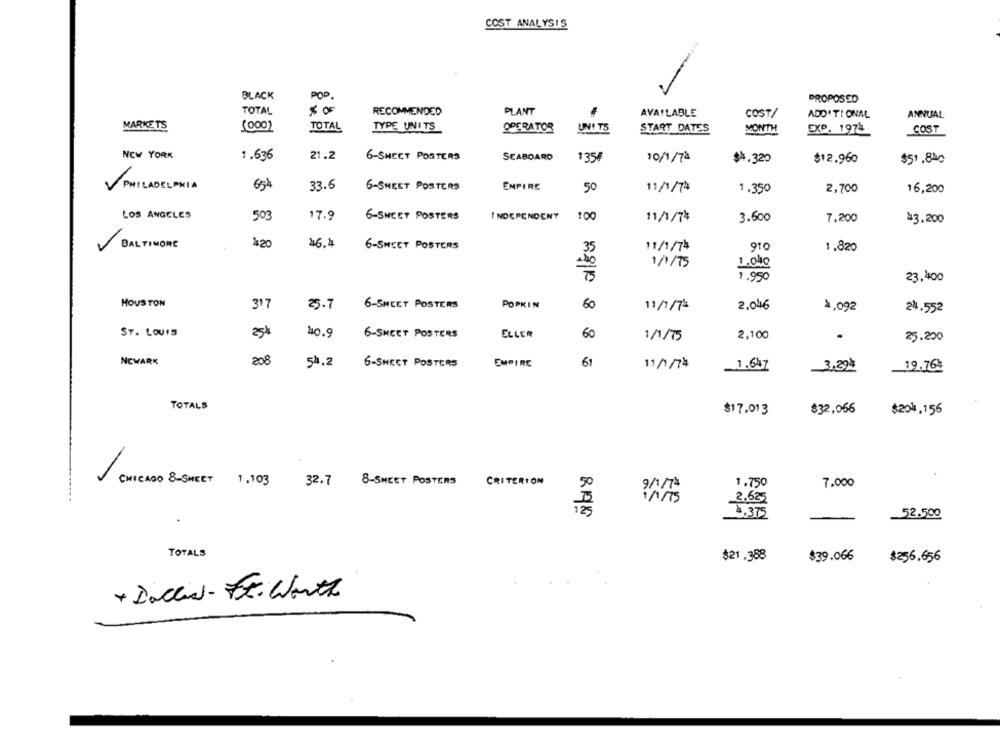
COST ANALYSIS
BLACK
POP.
PROPOSED
TOTAL
$ 00
RECOMMENDED
PLANT
AVAILABLE
COST/
ADDITIONAL
ANNUAL
MARKETS
(000)
TOTAL
TYPE UNITS
OPERATOR
UNI TS
START DATES
MONTH
EXP. 1972
COST
NEW YORK
1.636
21.2
6- SHEET POSTERS
SEABOARD
1354
10/1/74
$4.320
$12.960
$51 .840
PHILADELPHIA
654
33.6
6-SHEET POSTERS
EMPIRE
50
11/1/74
1.350
2,700
16,200
LOS ANGELES
503
17.9
6-SHEET POSTERS
INDEPENDENT
100
11/1/7*
3.600
7.200
$3,200
BALTIMORE
$20
46.4
6-SHEET POSTERS
11/1/74
910
1.820
35
1/1/75
1.950
23,400
HOUSTON
317
25.7
6-SHEET POSTERS
POPKIN
60
11/7/74
2.046
1.092
24.552
ST. LOUIS
25$
40.9
6-SHEET POSTERS
ELLER
60
1/1/75
2,100
.
25.200
NEWARK
208
54.2
6-SHEET POSTERS
EMPIRE
61
11/1/74
1.647
3,394
19.76
TOTALS
$17.013
$32,066
$204.156
CHICAGO 8 - SHEET 1 . 103
32.7 8-SHEET POSTERS
CRITERION
50
9/74
1.750
7.000
8198
-
52.500
TOTALS
$21.388
$39.066
$256,656
* Doccia- Ft. Worth